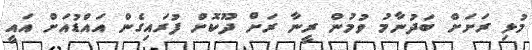
މުޅި ރަށަށް ބަދުނާމު ވުމުން ރީނާ ރަށް ދޫކޮށް ފުރައިގެން އައްޑުއަށް އައީ